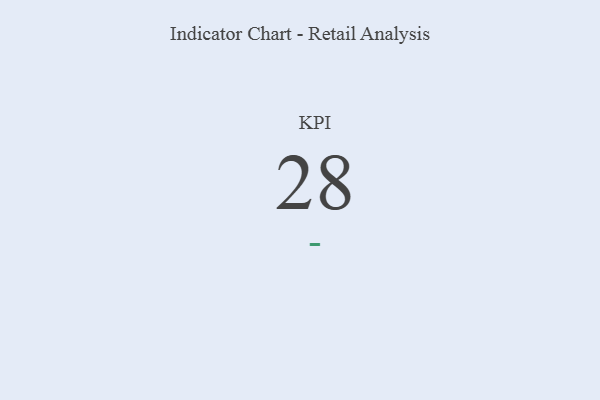
{"axis": {"x": "KPI", "y": "Value"}, "legend": [""], "data": [{"x": "KPI", "y": 28, "type": ""}]}